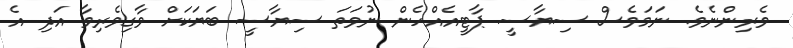
ވެރިންނެވެ. ނަމަވެސް ސިޔާސީ ޕާޓީއެއްހެން ނުވަތަ ސިޔާސީ ބަޔަކަށް ވާގިވެރިވާ އަދި އެ